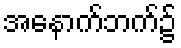
အနောက်ဘက်၌